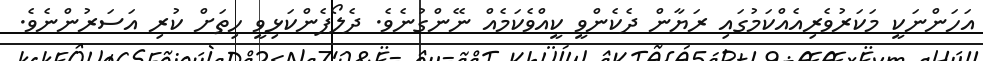
އަހަންނަކީ މަކަރުވެރިއެއްކަމުގައި ރަޔާން ދެކެންވީ ކީއްވެކަމެއް ނޭންގުނެވެ. ދެލޯފެންކަޅިވީ ހިތަށް ކުރި އަސަރުންނެވެ.